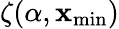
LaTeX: \zeta(\alpha,\mathbf{x}_{\mathrm{{min}}})